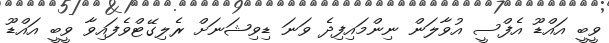
ވީބީ އައްޑޫ އެފްސީ އުވާލަން ނިންމައިފިދެ ވަނަ ޑިވިޝަނަށް ރެލިގޭޓްވެފައިވާ ވީބީ އައްޑޫ